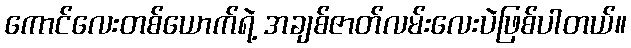
ကောင်လေးတစ်ယောက်ရဲ့ အချစ်ဇာတ်လမ်းလေးပဲဖြစ်ပါတယ်။